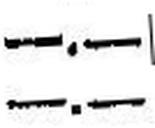
—.—